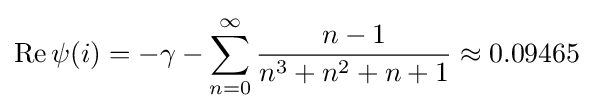
\operatorname {Re} \psi (i)=-\gamma -\sum _{n=0}^{\infty }{\frac {n-1}{n^{3}+n^{2}+n+1}}\approx 0.09465